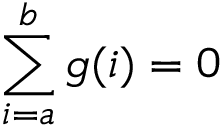
\sum _ { i = a } ^ { b } g ( i ) = 0